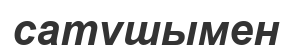
сатушымен